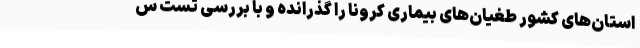
استان‌های کشور طغیان‌های بیماری کرونا را گذرانده و با بررسی تست س